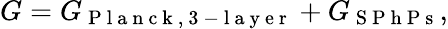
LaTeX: G=G_{\mathrm{~P~l~a~n~c~k~,~3~-~l~a~y~e~r~}}+G_{\mathrm{~S~P~h~P~s~}}{,}